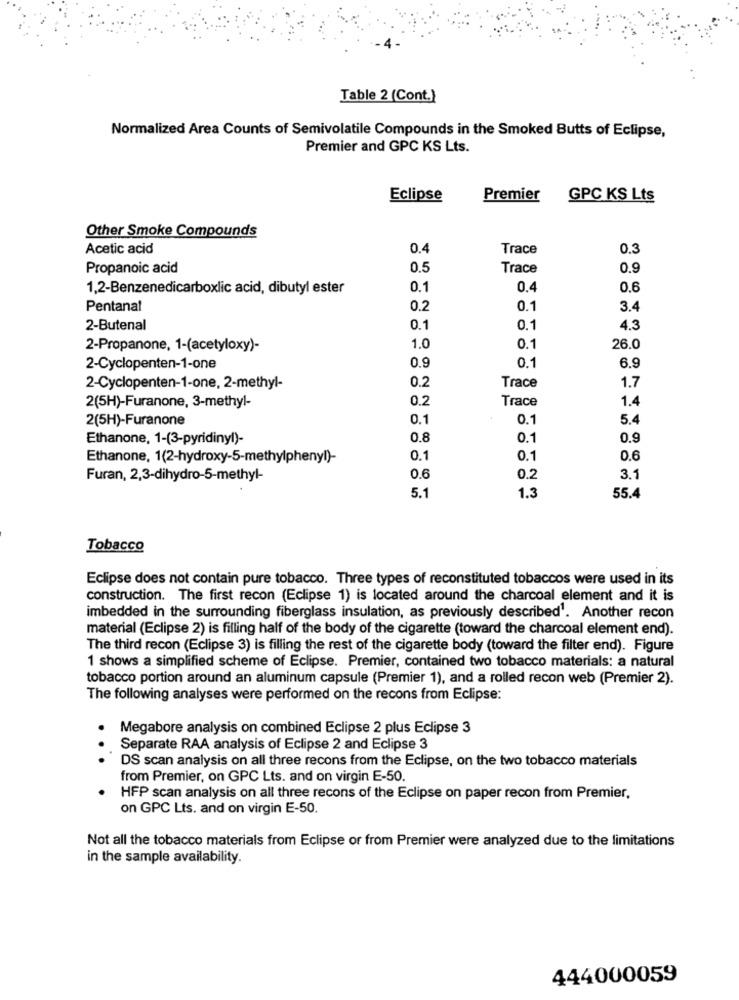
Table 2 (Cont.)
Normalized Area Counts of Semivolatile Compounds in the Smoked Butts of Eclipse,
Premier and GPC KS Lts.
Eclipse
Premier
GPC KS Lts
Other Smoke Compounds
Acetic acid
0.4
Trace
0.3
Propanoic acid
0.5
Trace
0.9
1,2-Benzenedicarboxlic acid, dibutyl ester
0.1
0.4
0.6
Pentanat
0.2
0.1
3.4
2-Butenal
0.1
0.1
4.3
2-Propanone, 1-(acetyloxy)-
1.0
0.1
26.0
0.1
2-Cyclopenten-1-one
0.9
6.9
2-Cyclopenten-1-one, 2-methyl-
0.2
Trace
1.7
2(5H)-Furanone, 3-methyl-
0.2
Trace
1.4
2(5H)-Furanone
0.1
0.1
5.4
Ethanone, 1-(3-pyridinyl)-
0.8
0.1
0.9
Ethanone, 1(2-hydroxy-5-methylpheny!)-
0.1
0.1
0.6
Furan, 2,3-dihydro-5-methyl-
0.6
0.2
3.1
5.1
1.3
55.4
Tobacco
Eclipse does not contain pure tobacco. Three types of reconstituted tobaccos were used in its
construction. The first recon (Eclipse 1) is located around the charcoal element and it is
imbedded in the surrounding fiberglass insulation, as previously described'. Another recon
material (Eclipse 2) is filling half of the body of the cigarette (toward the charcoal element end).
The third recon (Eclipse 3) is filling the rest of the cigarette body (toward the filter end). Figure
1 shows a simplified scheme of Eclipse. Premier, contained two tobacco materials: a natural
tobacco portion around an aluminum capsule (Premier 1), and a rolled recon web (Premier 2).
The following analyses were performed on the recons from Eclipse:
Megabore analysis on combined Eclipse 2 plus Eclipse 3
..
Separate RAA analysis of Eclipse 2 and Eclipse 3
DS scan analysis on all three recons from the Eclipse, on the two tobacco materials
from Premier, on GPC Lts. and on virgin E-50.
HFP scan analysis on all three recons of the Eclipse on paper recon from Premier,
on GPC Lts. and on virgin E-50.
Not all the tobacco materials from Eclipse or from Premier were analyzed due to the limitations
in the sample availability.
444000059